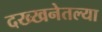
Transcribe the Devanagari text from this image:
दख्खनेतल्या